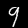
Digit: 9